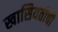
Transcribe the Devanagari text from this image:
खासियतीची